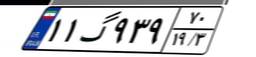
۱۱گ۹۳۹۷۰